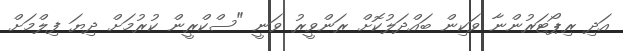
އަދި ރިޕޯޓަރުންނާ ވަކިން ބައްދަލުކޮށް ރަންވީރު ވަނީ "ސްކްރީން ކުރުމަށް ދިޔަ ފިލްމަށް